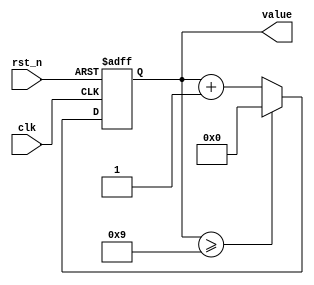
`timescale 1ns / 1ps
//////////////////////////////////////////////////////////////////////////////////
// Company: 
// Engineer: 
// 
// Design Name: 
// Module Name: bcd_up_counter
// Project Name: 
// Target Devices: 
// Tool Versions: 
// Description: 
// 
// Dependencies: 
// 
// Revision:
// Revision 0.01 - File Created
// Additional Comments:
// 
//////////////////////////////////////////////////////////////////////////////////


module bcd_up_counter(
    value,  //count result
    rst_n,  //global reset
    clk     //divided clock
);
output [3:0] value;
input rst_n, clk;
reg [3:0] value;
reg [3:0] value_tmp;    //the next_state of value

always @*
    if (value >= 9)
        value_tmp = 4'd0;
    else
        value_tmp = value + 1;

always @(posedge clk or negedge rst_n)
    if (~rst_n)
        value <= 4'd0;
    else
        value <= value_tmp;

endmodule